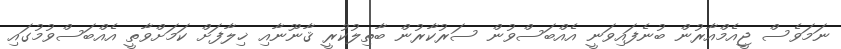
ނަމަވެސް ޖީއެމްއާރުން ބުނެފައިވަނީ އެއްބަސްވުން ސަރުކާރުން ބާތިލުކުރީ ޤާނޫނާއި ޚިލާފަށް ކަމަށްވާތީ އެއްބަސްވުމުގައި